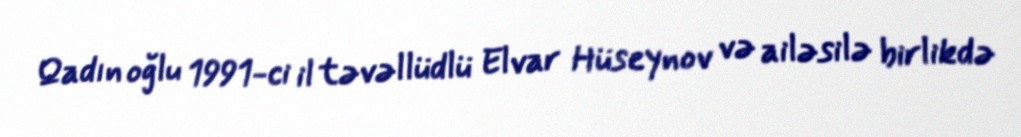
Qadın oğlu 1991-ci il təvəllüdlü Elvar Hüseynov və ailəsilə birlikdə